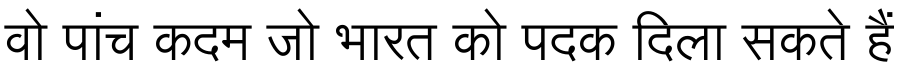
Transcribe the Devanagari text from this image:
वो पांच कदम जो भारत को पदक दिला सकते हैं